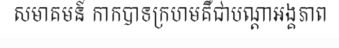
សមាគមន៍ កាកបាទក្រហមគឺជាបណ្តាអង្គភាព